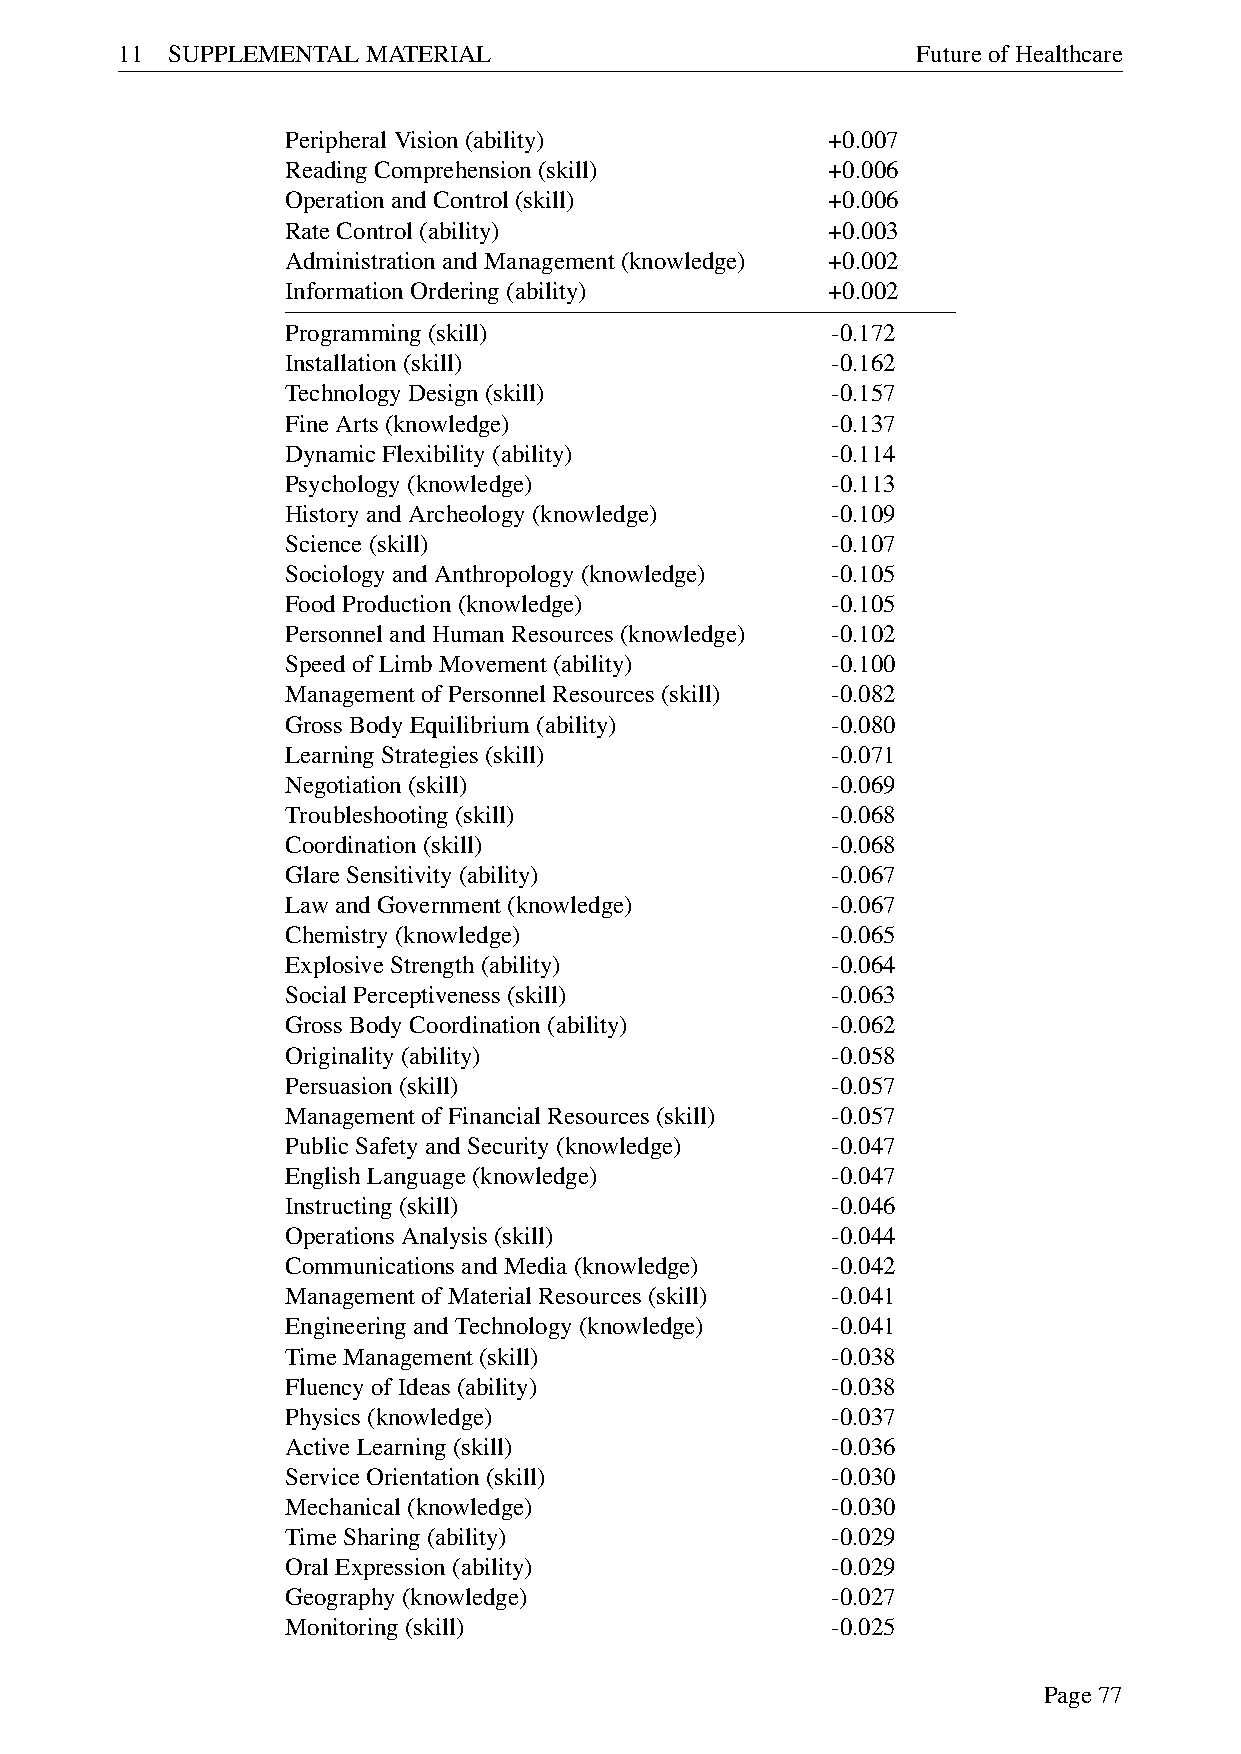
11 SUPPLEMENTALMATERIAL                              FutureofHealthcare
 PeripheralVision(ability)           +0.007
 ReadingComprehension(skill)         +0.006
 OperationandControl(skill)          +0.006
 RateControl(ability)                +0.003
 AdministrationandManagement(knowledge) +0.002
 InformationOrdering(ability)        +0.002
 Programming(skill)                  -0.172
 Installation(skill)                 -0.162
 TechnologyDesign(skill)             -0.157
 FineArts(knowledge)                 -0.137
 DynamicFlexibility(ability)         -0.114
 Psychology(knowledge)               -0.113
 HistoryandArcheology(knowledge)     -0.109
 Science(skill)                      -0.107
 SociologyandAnthropology(knowledge) -0.105
 FoodProduction(knowledge)           -0.105
 PersonnelandHumanResources(knowledge) -0.102
 SpeedofLimbMovement(ability)        -0.100
 ManagementofPersonnelResources(skill) -0.082
 GrossBodyEquilibrium(ability)       -0.080
 LearningStrategies(skill)           -0.071
 Negotiation(skill)                  -0.069
 Troubleshooting(skill)              -0.068
 Coordination(skill)                 -0.068
 GlareSensitivity(ability)           -0.067
 LawandGovernment(knowledge)         -0.067
 Chemistry(knowledge)                -0.065
 ExplosiveStrength(ability)          -0.064
 SocialPerceptiveness(skill)         -0.063
 GrossBodyCoordination(ability)      -0.062
 Originality(ability)                -0.058
 Persuasion(skill)                   -0.057
 ManagementofFinancialResources(skill) -0.057
 PublicSafetyandSecurity(knowledge)  -0.047
 EnglishLanguage(knowledge)          -0.047
 Instructing(skill)                  -0.046
 OperationsAnalysis(skill)           -0.044
 CommunicationsandMedia(knowledge)   -0.042
 ManagementofMaterialResources(skill) -0.041
 EngineeringandTechnology(knowledge) -0.041
 TimeManagement(skill)               -0.038
 FluencyofIdeas(ability)             -0.038
 Physics(knowledge)                  -0.037
 ActiveLearning(skill)               -0.036
 ServiceOrientation(skill)           -0.030
 Mechanical(knowledge)               -0.030
 TimeSharing(ability)                -0.029
 OralExpression(ability)             -0.029
 Geography(knowledge)                -0.027
 Monitoring(skill)                   -0.025
 Page77